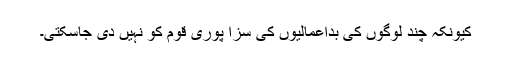
کیونکہ چند لوگوں کی بداعمالیوں کی سزا پوری قوم کو نہیں دی جاسکتی۔